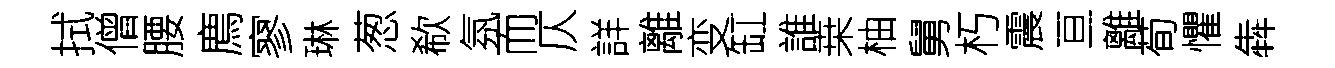
拭僧腰廌寥琳葱欷氛而仄詳離变缸誰桒柚舅朽震亘離荀懼犇